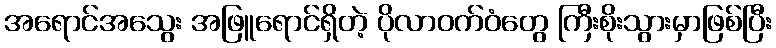
အရောင်အသွေး အဖြူရောင်ရှိတဲ့ ပိုလာဝက်ဝံတွေ ကြီးစိုးသွားမှာဖြစ်ပြီး